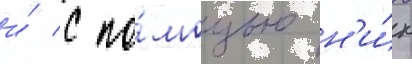
и́ с по́мощью н'и́х